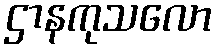
ဌာနကုသလော